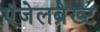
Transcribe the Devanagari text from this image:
एंजेलब्रेख्ट